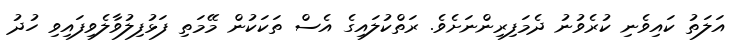
އަލަތު ކައިވެނި ކުރެވުނު ދެމަފިރިންނަށެވެ. ރަތްކުލައިގެ އެސް ތަކަކުން މޭމަތި ފަޅުފިލުވާލެވިފައިވި ހުދު